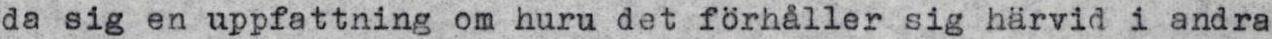
da sig en uppfattning om huru det förhåller sig härvid i andra